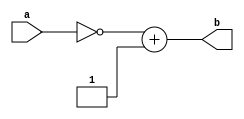
`timescale 1ns / 1ps
//////////////////////////////////////////////////////////////////////////////////
// Company: 
// Engineer: 
// 
// Design Name: 
// Module Name:    q15_mult 
// Project Name: 
// Target Devices: 
// Tool versions: 
// Description: 
//
// Dependencies: 
//
// Revision: 
// Revision 0.01 - File Created
// Additional Comments: 
//
//////////////////////////////////////////////////////////////////////////////////
`timescale 1ns / 1ps
//////////////////////////////////////////////////////////////////////////////////
// Company: 
// Engineer: 
// 
// Design Name: 
// Module Name:    twosComp 
// Project Name: 
// Target Devices: 
// Tool versions: 
// Description: 
//
// Dependencies: 
//
// Revision: 
// Revision 0.01 - File Created
// Additional Comments: 
//
//////////////////////////////////////////////////////////////////////////////////
module qtwosComp(
	input [30:0] a,
	output [63:0] b
//    input [N-2:0] a,
//    output [2*N-1:0] b
    );
//	reg [2*N-1:0] data;
//	reg [2*N-1:0] flip;
//	reg [2*N-1:0] out;
	reg [63:0] data;
	reg [63:0] flip;
	reg [63:0] out;
	
	//Parameterized values
	parameter Q = 15;
	parameter N = 32;
	
	assign b = out;
	
	always @(a)
	begin
		data <= a;		//if you dont put the value into a 64b register, when you flip the bits it wont work right
	end
	
	always @(data)
	begin
		flip <= ~a;
	end
	
	always @(flip)
	begin
		out <= flip + 1;
	end

endmodule

module qmult(
    input [31:0] a,
    input [31:0] b,
    output [31:0] c
    );
	 
	wire [63:0] a_ext;
	wire [63:0] b_ext;
	wire [63:0] r_ext;
	
	reg [63:0] a_mult;
	reg [63:0] b_mult;
	reg [63:0] result;
	reg [31:0] retVal;
	
	//Parameterized values
	parameter Q = 15;
	parameter N = 32;

	qtwosComp #(Q,N) comp_a (.a(a[30:0]), .b(a_ext));

	qtwosComp #(Q,N) comp_b (.a(b[30:0]), .b(b_ext));
	
	qtwosComp #(Q,N) comp_r (.a(result[32-2+15:15]), .b(r_ext));
	
	assign c = retVal;
	
	always @(a_ext,b_ext)
	begin
		if(a[32-1] == 1)
			a_mult <= a_ext;
		else
			a_mult <= a;
			
		if(b[32-1] == 1)
			b_mult <= b_ext;
		else
			b_mult <= b;		
	end 
	
	always @(a_mult,b_mult)
	begin
		result <= a_mult * b_mult;
	end
	
	always @(result,r_ext)
	begin		
		//sign
		if((a[32-1] == 1 && b[32-1] == 0) || (a[32-1] == 0 && b[32-1] == 1)) begin
			retVal[32-1] <= 1;
			retVal[32-2:0] <= r_ext[32-2:0];
		end
		else begin
			retVal[32-1] <= 0;
			retVal[32-2:0] <= result[32-2+15:15];
		end
	end

endmodule